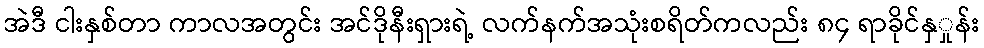
အဲဒီ ငါးနှစ်တာ ကာလအတွင်း အင်ဒိုနီးရှားရဲ့ လက်နက်အသုံးစရိတ်ကလည်း ၈၄ ရာခိုင်နှှုန်း